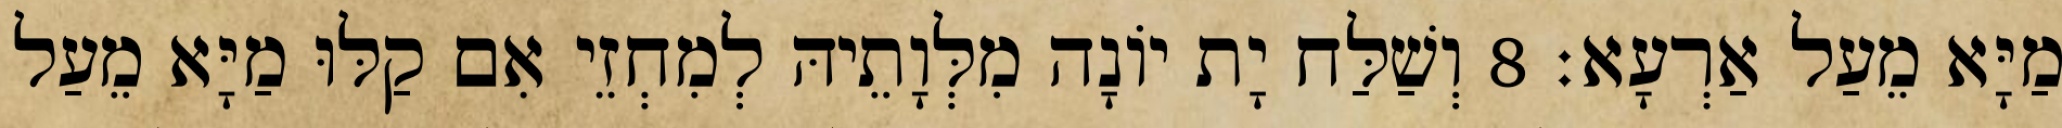
מַיָּא מֵעַל אַרְעָא׃ 8 וְשַׁלַּח יָת יוֹנָה מִלְּוָתֵיהּ לְמִחְזֵי אִם קַלּוּ מַיָּא מֵעַל